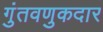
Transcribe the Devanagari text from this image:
गुंतवणुकदार